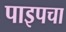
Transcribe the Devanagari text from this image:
पाइपचा